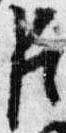
臣